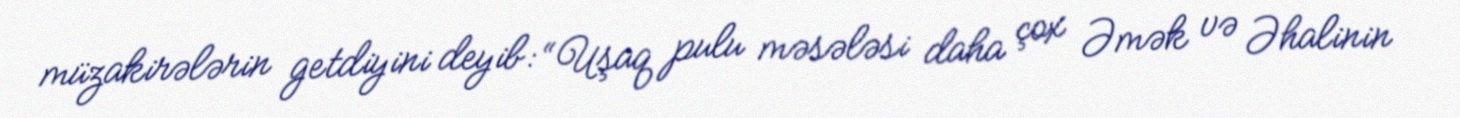
müzakirələrin getdiyini deyib: “Uşaq pulu məsələsi daha çox Əmək və Əhalinin